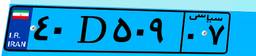
۴۰D۵۰۹۰۷